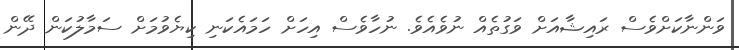
ވަންނާކަށްވެސް ރައިޝާއަށް ވަގުތެއް ނުވެއެވެ. ނުހާވެސް އިހަށް ހަމައެކަނި ކިޔެވުމަށް ސަމާލުކަން ދޭން